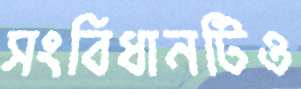
সংবিধানটিও